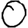
Digit: 0